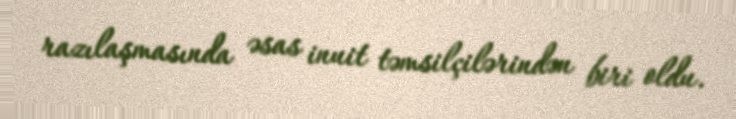
razılaşmasında əsas inuit təmsilçilərindən biri oldu.